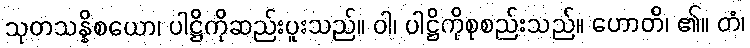
သုတသန္နိစယော၊ ပါဋ္ဌိကိုဆည်းပူးသည်။ ဝါ၊ ပါဋ္ဌိကိုစုစည်းသည်။ ဟောတိ၊ ၏။ တံ၊